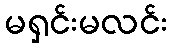
မရှင်းမလင်း